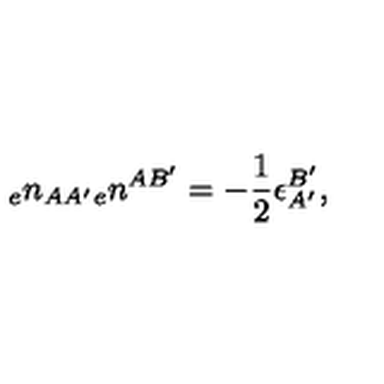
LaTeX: { _ { e } n _ { A A ^ { \prime } } } { _ { e } n ^ { A B ^ { \prime } } } = - { \frac { 1 } { 2 } } \epsilon _ { A ^ { \prime } } ^ { B ^ { \prime } } ,